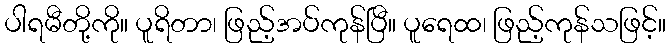
ပါရမီတို့ကို။ ပူရိတာ၊ ဖြည့်အပ်ကုန်ပြီ။ ပူရေထ၊ ဖြည့်ကုန်သဖြင့်။